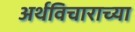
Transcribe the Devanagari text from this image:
अर्थविचाराच्या